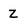
Character: Z